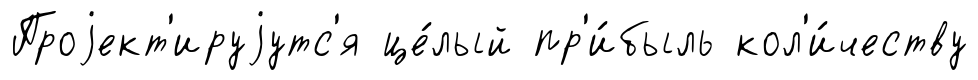
Проjект'ируjутс'я це́лый пр'и́быль кол'и́честву